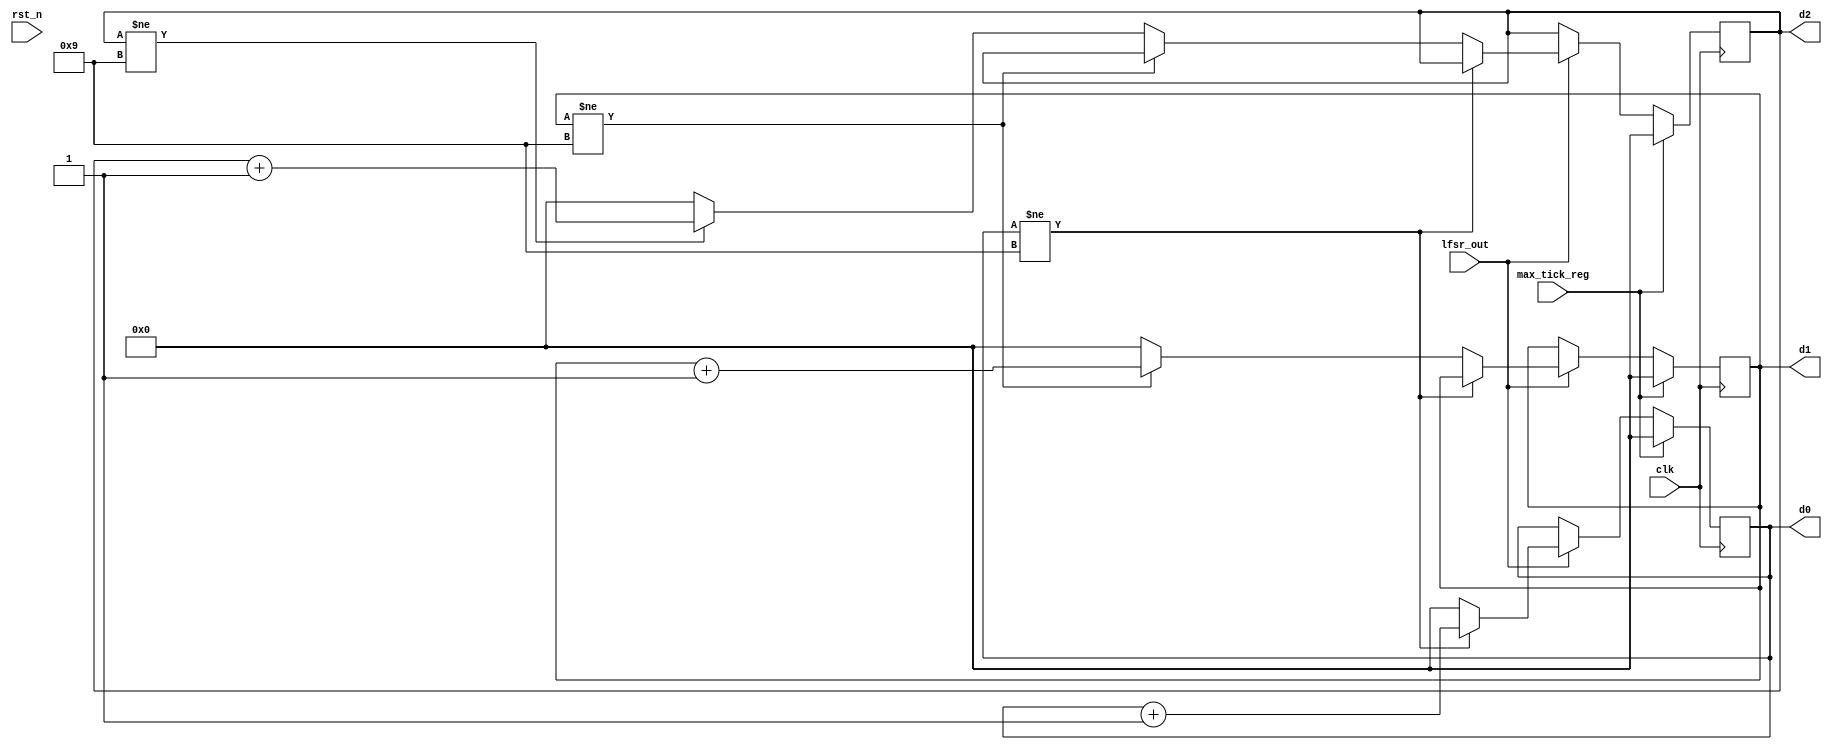
module counter(
    input clk,
    input rst_n,
    input lfsr_out,
    input max_tick_reg,
    output wire [3:0] d2, d1, d0
    );

   // declaration
   reg [3:0] d2_reg, d1_reg, d0_reg;
   reg [3:0] d2_next, d1_next, d0_next;

   // register
   always @(posedge clk)
   begin
      d2_reg <= d2_next;
      d1_reg <= d1_next;
      d0_reg <= d0_next;
   end

   // 3-digit bcd counter
   always @*
   begin
      // default: keep the previous value
      d0_next = d0_reg;
      d1_next = d1_reg;
      d2_next = d2_reg;
      if (max_tick_reg)
         begin
            d0_next = 4'b0;
            d1_next = 4'b0;
            d2_next = 4'b0;
         end
      else if (lfsr_out)
         if (d0_reg != 9)
            d0_next = d0_reg + 1;
         else              // reach XX9
            begin
               d0_next = 4'b0;
               if (d1_reg != 9)
                  d1_next = d1_reg + 1;
               else       // reach X99
                  begin
                     d1_next = 4'b0;
                     if (d2_reg != 9)
                        d2_next = d2_reg + 1;
                     else // reach 999
                        d2_next = 4'b0;
                  end
            end
   end

   // output logic
   assign d0 = d0_reg;
   assign d1 = d1_reg;
   assign d2 = d2_reg;

endmodule